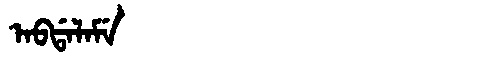
Manchu: ᠠᠪᡩᠠᠯᠠᠮᡝ
Romanization: ABDALAME